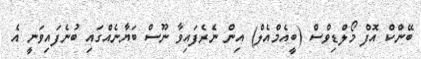
ބޭންކް އޮފް މޯލްޑިވްސް (ބީއެމްއެލް) އިން ނެރެފައިވާ ނޫސް ބަޔާނެއްގައި ބުނެފައިވަނީ އެ